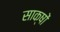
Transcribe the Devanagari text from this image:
साक्षों